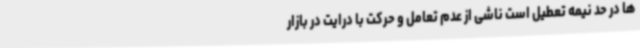
ها در حد نیمه تعطیل است ناشی از عدم تعامل و حرکت با درایت در بازار